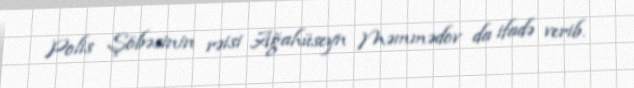
Polis Şöbəsinin rəisi Ağahüseyn Məmmədov da ifadə verib.